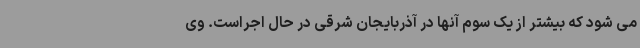
می شود که بیشتر از یک سوم آنها در آذربایجان شرقی در حال اجراست. وی